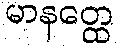
မာနတ္ထေ